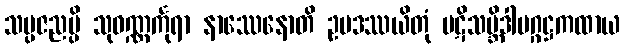
သမ္ပဇညမ္ပိ သုဝဏ္ဏင်္ကုရာ နာဿေနောတိ ဥပဒဿယိတုံ ပဋိသမ္ဘိဒါမဂ္ဂဋ္ဌကထာယ